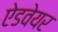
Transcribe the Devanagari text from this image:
ऐडवेयर